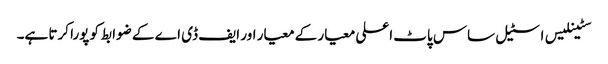
سٹینلیس اسٹیل ساس پاٹ اعلی معیار کے معیار اور ایف ڈی اے کے ضوابط کو پورا کرتا ہے۔